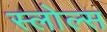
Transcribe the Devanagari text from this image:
स्लोल्स